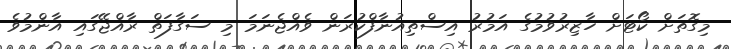
މިގޮތަށް ކޯޓަށް ހާޒިރުވުމުގެ އަމުރު އިސްތިއުނާފްކުރަން ވެއްޖެނަމަ މި ސަގާފަތް ރާއްޖޭގައި އާންމުވެ